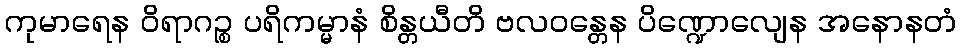
ကုမာရေန ဝိရာဂဉ္စ ပရိကမ္မာနံ စိန္တယီတိ ဗလဝန္တေန ပိဏ္ဍောလျေန အနောနတံ